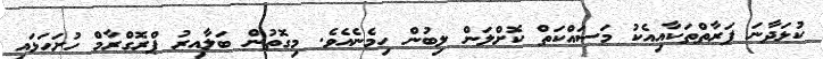
ކުޅަދާނަ ފަރާތްތަކާއިއެކު މަސައްކަތް ކޮށްލަން ލިބުން ހިމެނެއެވެ. މިގޮތުން ބަލާއިރު ޕްރޮގްރާމް ހުށަހަޅައި